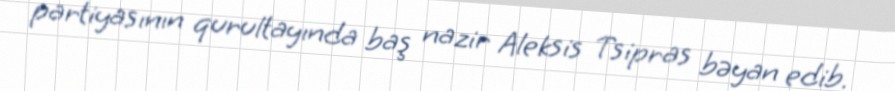
partiyasının qurultayında baş nazir Aleksis Tsipras bəyan edib.